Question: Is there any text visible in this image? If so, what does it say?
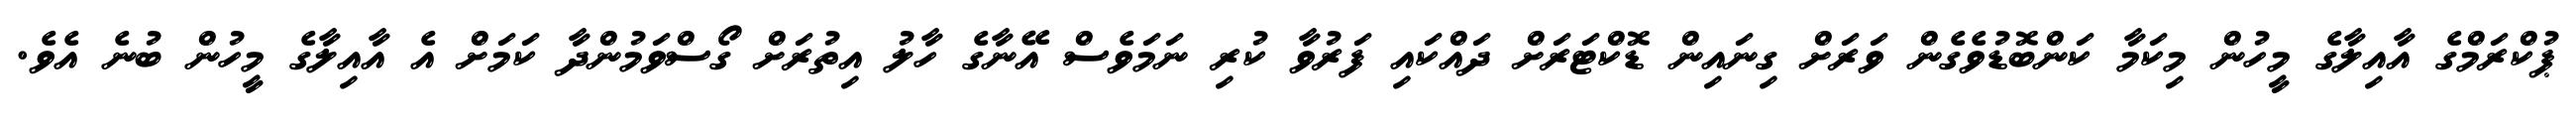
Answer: ޕުކްރަމްގެ އާއިލާގެ މީހުން މިކަމާ ކަންބޮޑުވެގެން ވަރަށް ގިނައިން ޑޮކްޓަރަށް ދައްކައި ފަރުވާ ކުރި ނަމަވެސް އޭނާގެ ހާލު އިތުރަށް ގޯސްވަމުންދާ ކަމަށް އެ އާއިލާގެ މީހުން ބުނެ އެވެ.